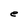
Character: e